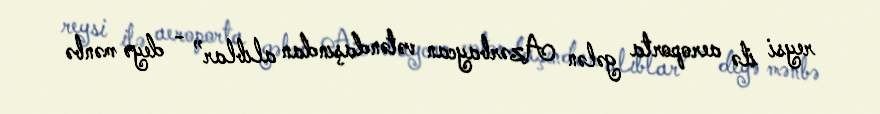
reysi ilə aeroporta gələn Azərbaycan vətəndaşından alıblar” - deyə mənbə